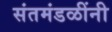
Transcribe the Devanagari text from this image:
संतमंडळींनी